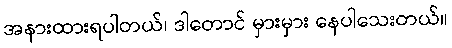
အနားထားရပါတယ်၊ ဒါတောင် မှားမှား နေပါသေးတယ်။